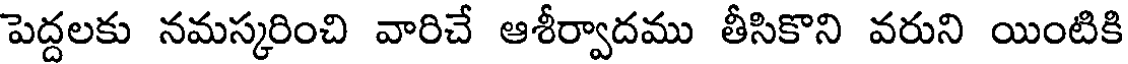
పెద్దలకు నమస్కరించి వారిచే ఆశీర్వాదము తీసికొని వరుని యింటికి